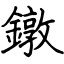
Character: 鐓